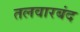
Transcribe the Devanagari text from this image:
तलवारबंद